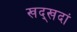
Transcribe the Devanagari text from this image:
खद्खदां